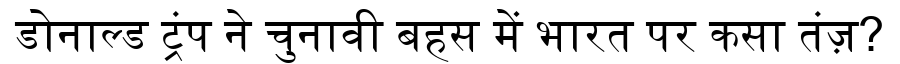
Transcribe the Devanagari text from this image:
डोनाल्ड ट्रंप ने चुनावी बहस में भारत पर कसा तंज़?